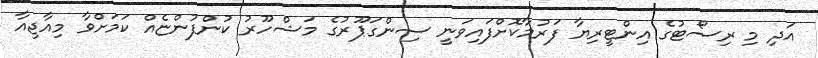
އަދި މި ރިސޯޓުގެ އިންޓީރިޔާ ފަރުމާކޮށްފައިވަނީ ސިންގަޕޫރުގެ މަޝްހޫރު ކުންފުންޏެއް ކަމަށްވާ މިއާޖިއާ